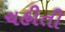
ચહીતી